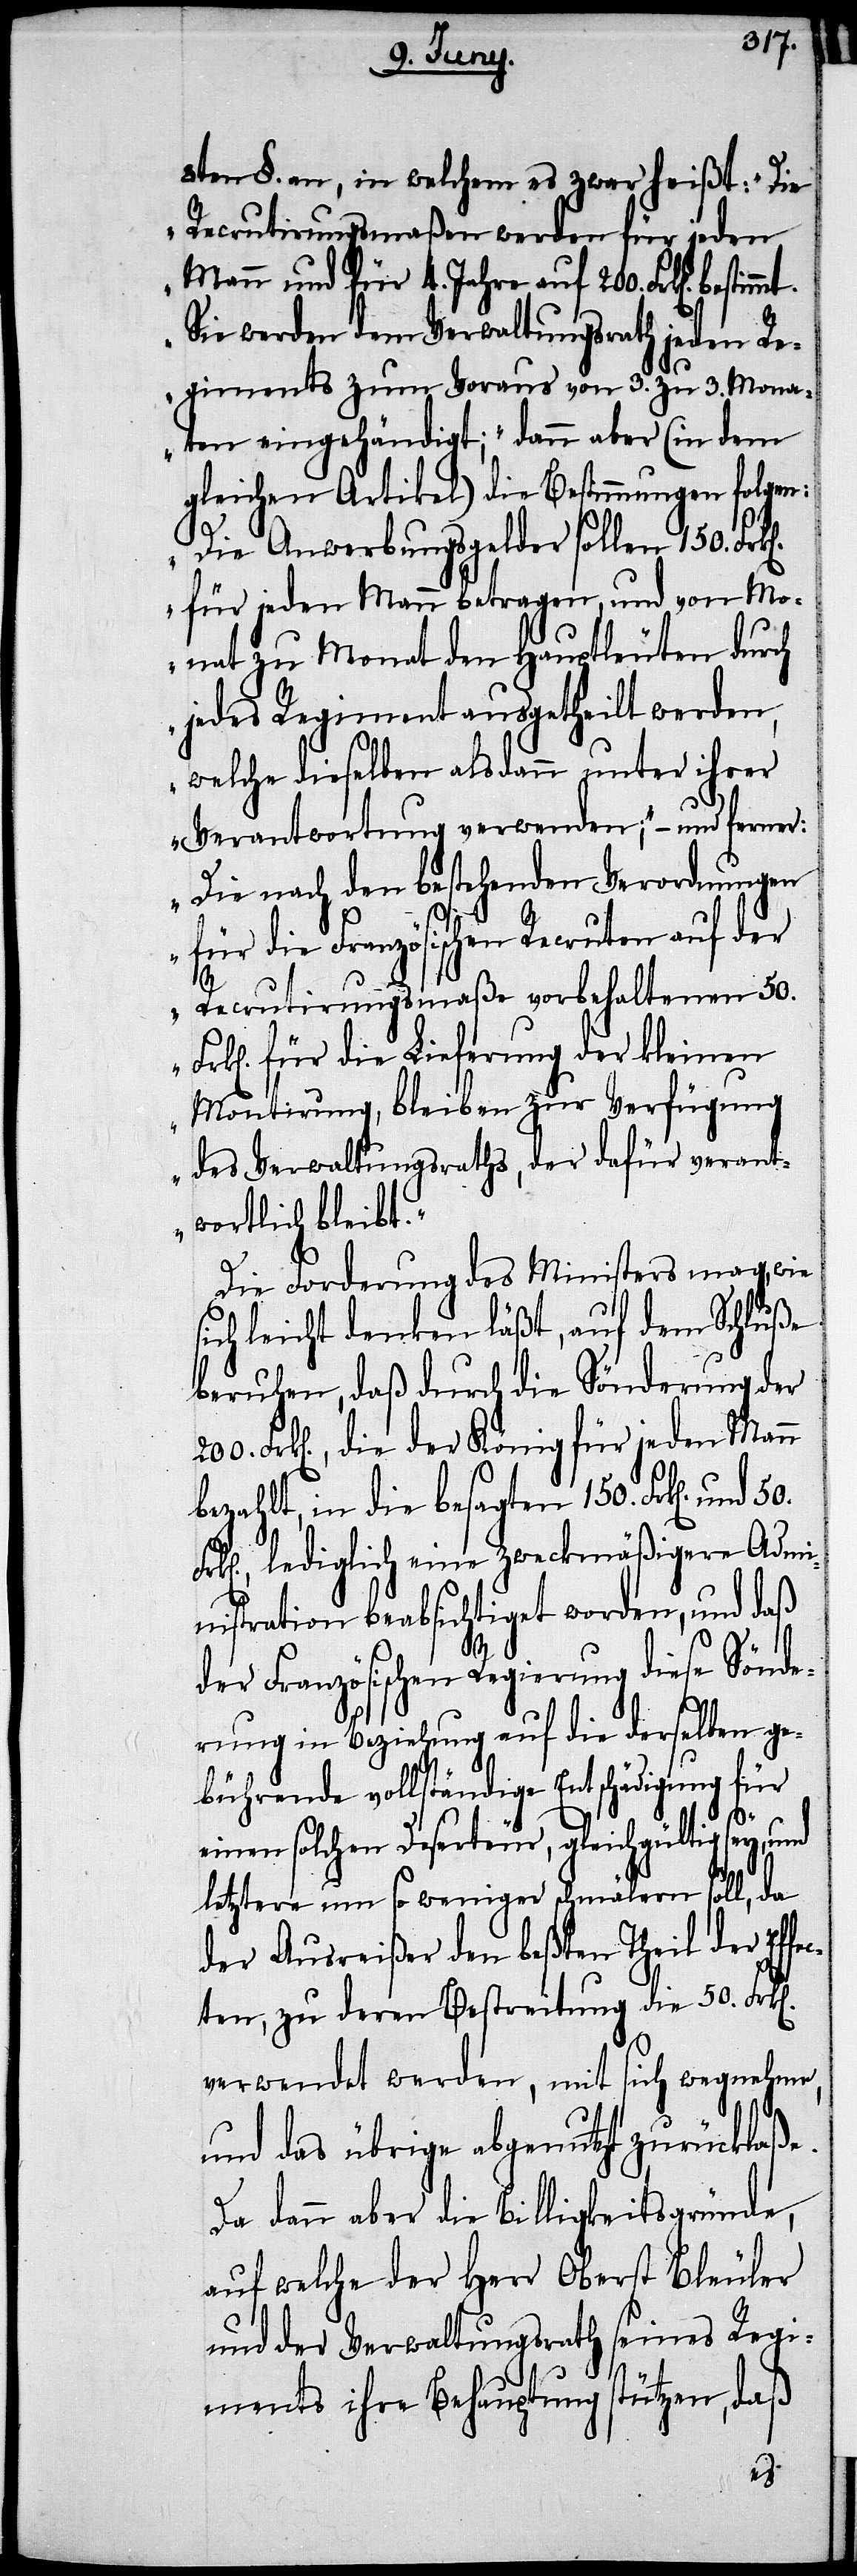
8ten §. an, in welchem es zwar heißt: „Die
Recrutirungsmaßen werden für jeden
Mann und für 4. Jahre auf 200. Frk[en].
Sie werden dem Verwaltungsrath jeden Re¬
giments zum Voraus von 3. zu 3. Mona¬
ten eingehändigt;“ dann aber (in dem
gleichen Artikel) die Bestimmungen folgen:
„Die Anwerbungsgelder sollen 150.
für jeden Mann betragen, und von Mo¬
nat zu Monat den Hauptleuten durch
jedes Regiment ausgetheilt werden,
welche dieselben alsdann unter ihrer
Verantwortung verwenden;“ – und ferner:
„Die nach den bestehenden Verordnungen
für die Französischen Recruten auf der
Recrutirungsmaße vorbehaltenen 50.
Frk[en]. für die Lieferung der kleinen
Montirung, bleiben zur Verfügung
des Verwaltungsraths, der dafür verant¬
wortlich bleibt.“
Die Forderung des Ministers mag, wie
ich leicht denken läßt, auf dem Schluße
beruhen, daß durch die Sönderung der
Frk[en]., die der König für jeden Mann
bezahlt, in die besagten 150. Frk[en]. und
lediglich eine zweckmäßige Admi¬
nistration beabsichtigt worden, und daß
der Französischen Regierung diese Sönde¬
rung in Beziehung auf derselben ge¬
bührende vollständige Entschädigung für
einen solchen Deserteur, gleichgültig sey, und
letztere um so weniger schmälern soll, da
der Ausreißer den beßten Theil der Effe¬
cten, zu deren Bestreitung die 50. Frk[e¬
verwendet werden, mit sich wegnehme,
und das übrige abgenutzt zurücklaße.
Da dann aber die Billigkeitsgründe,
der Verwaltungsrath seines Regi¬
ments ihre Behauptung stützen, daß
n].